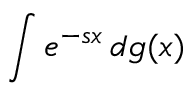
\int e ^ { - s x } \, d g ( x )